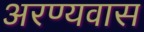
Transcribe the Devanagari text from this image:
अरण्यवास